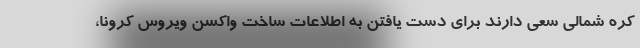
کره شمالی سعی دارند برای دست یافتن به اطلاعات ساخت واکسن ویروس کرونا،